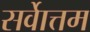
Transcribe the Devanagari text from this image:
सर्वाेत्तम